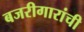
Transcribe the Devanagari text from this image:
बजरीगारांची